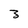
Character: 3